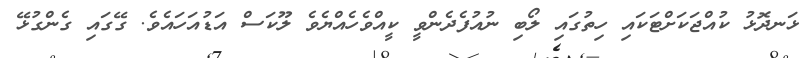
ޅަނދޮޅު ކުއްޖަކަށްޓަކައި ހިތުގައި ލޯބި ނުއުފެދެންވީ ކީއްވެހެއްޔެވެ ލޫކަސް އަޑުއަހައެވެ. ގޭގައި ގެންގުޅޭ